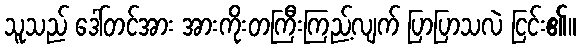
သူသည် ဒေါ်တင်အား အားကိုးတကြီးကြည့်လျက် ပြာပြာသလဲ ငြင်း၏။